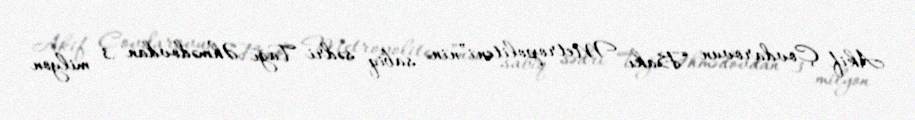
Akif Çovdarovun “Bakı Metropoliteni”nin sabiq sədri Tağı Əhmədovdan 3 milyon